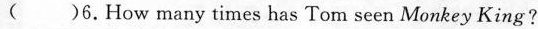
( )6.How many times has Tom seen Monkey King?